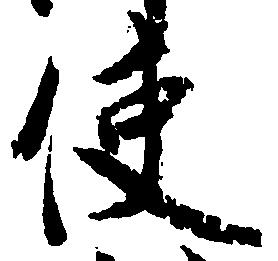
使